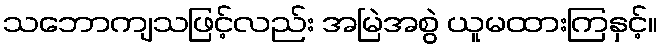
သဘောကျသဖြင့်လည်း အမြဲအစွဲ ယူမထားကြနှင့်။